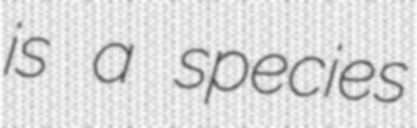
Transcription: is a species